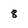
Character: 8